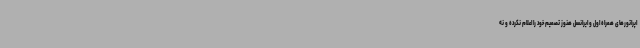
اپراتورهای همراه اول و ایرانسل هنوز تصمیم خود را اعلام نکرده و نه